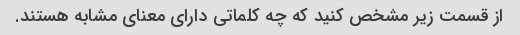
از قسمت زیر مشخص کنید که چه کلماتی دارای معنای مشابه هستند.